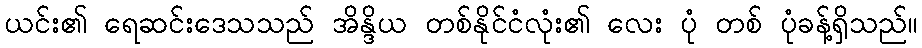
ယင်း၏ ရေဆင်းဒေသသည် အိန္ဒိယ တစ်နိုင်ငံလုံး၏ လေး ပုံ တစ် ပုံခန့်ရှိသည်။